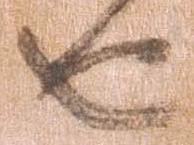
由